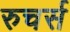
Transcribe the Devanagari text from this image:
रुचर्स